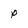
Character: P